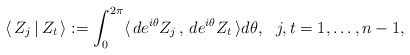
\begin{align*}\langle\,Z_j\,|\,Z_t\,\rangle:=\int^{2\pi}_0\langle\,de^{i\theta}Z_j\,,\,de^{i\theta}Z_t\,\rangle d\theta,\ \ j,t=1,\ldots,n-1,\end{align*}